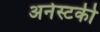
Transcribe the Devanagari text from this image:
अर्नस्टकी